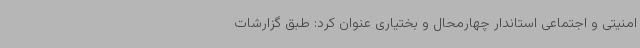
امنیتی و اجتماعی استاندار چهارمحال و بختیاری عنوان کرد: طبق گزارشات